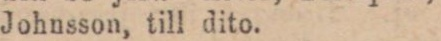
Johnsson, till dito.